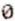
0